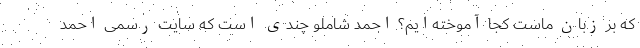
که بر زبان ماست کجا آموخته‌ایم؟ احمد شاملو چندی است که سایت رسمی احمد